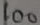
Text: 100